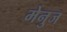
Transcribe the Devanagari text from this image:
मेनुज